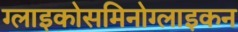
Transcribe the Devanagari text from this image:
ग्लाइकोसमिनोग्लाइकन